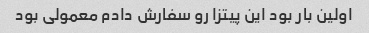
اولین بار بود این پیتزا رو سفارش دادم معمولی بود